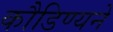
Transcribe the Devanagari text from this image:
कौडिण्यने